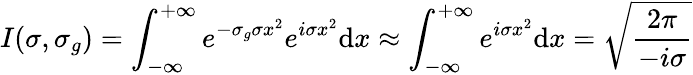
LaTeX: I(\sigma,\sigma_{g})=\int_{-\infty}^{+\infty}e^{-\sigma_{g}\sigma x^{2}}e^{i\sigma x^{2}}\mathrm{d}x\approx\int_{-\infty}^{+\infty}e^{i\sigma x^{2}}\mathrm{d}x=\sqrt{\frac{2\pi}{-i\sigma}}